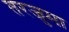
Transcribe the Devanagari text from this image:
तरजुमा